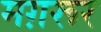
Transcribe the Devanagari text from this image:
मग़रूर